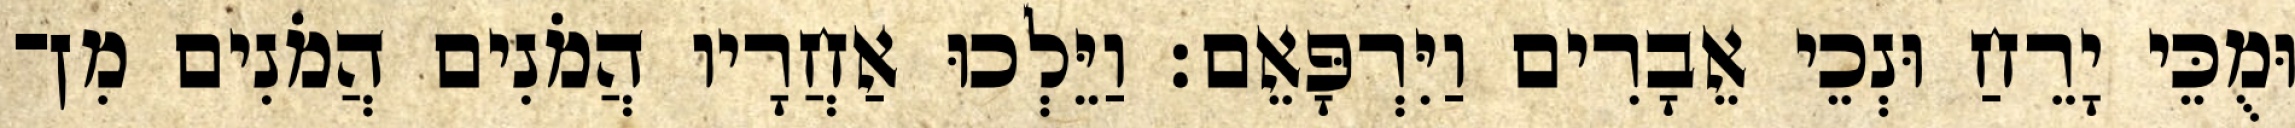
וּמֻכֵּי יָרֵחַ וּנְכֵי אֵבָרִים וַיִּרְפָּאֵם׃ וַיֵּלְכוּ אַחֲרָיו הֲמֹנִים הֲמֹנִים מִן־